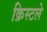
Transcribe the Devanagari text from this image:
क्रिस्टले